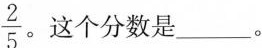
\frac{2}{5} 。这个分数是___。